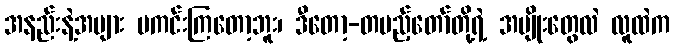
အနည်းနဲ့အများ မကင်းကြတော့ဘူး၊ ဒီတော့-တပည့်တော်တို့ရဲ့ အမျိုးတွေလဲ လူထဲက